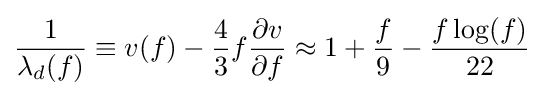
{\frac {1}{\lambda _{d}(f)}}\equiv v(f)-{\frac {4}{3}}f{\frac {\partial v}{\partial f}}\approx 1+{\frac {f}{9}}-{\frac {f\log(f)}{22}}